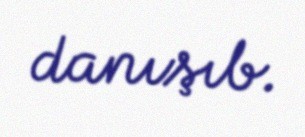
danışıb.